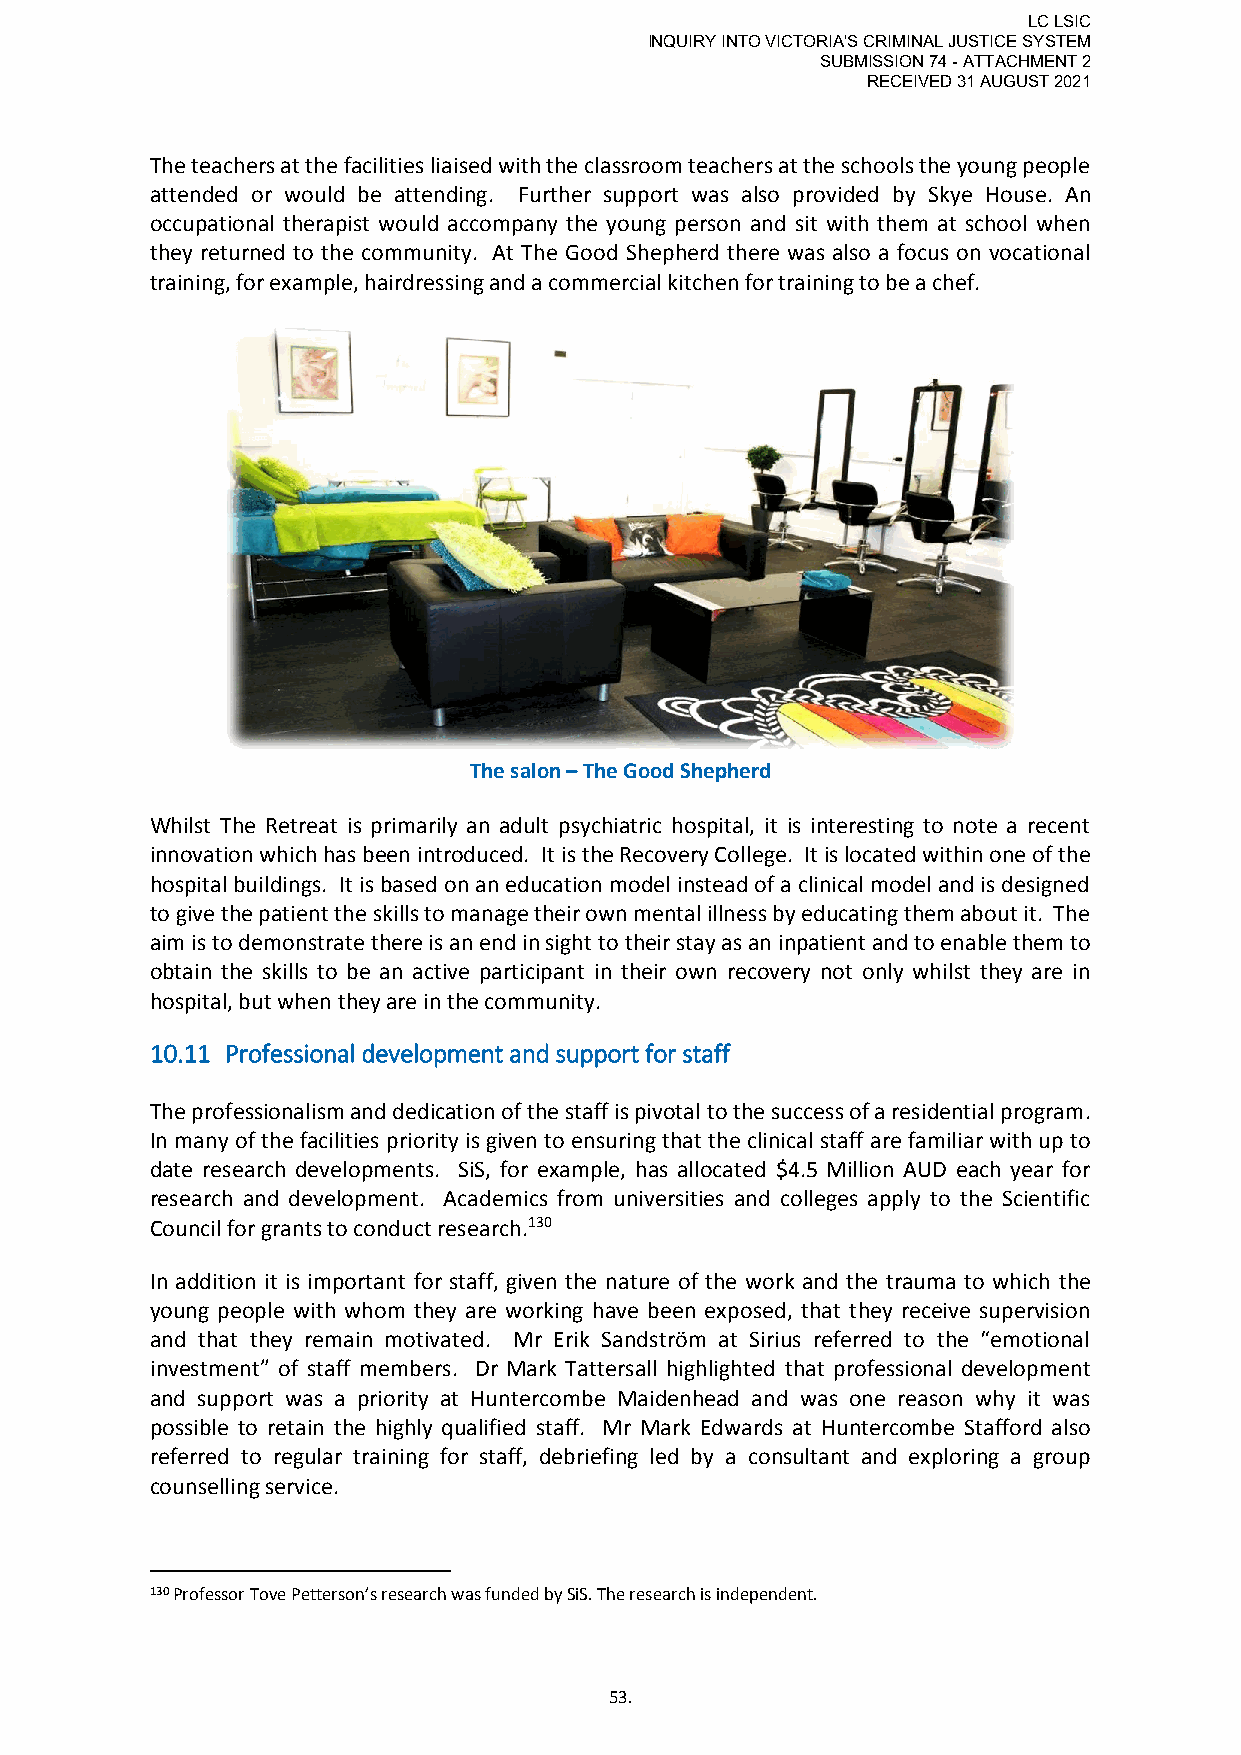
LC LSIC
 INQUIRY INTO VICTORIA'S CRIMINAL JUSTICE SYSTEM
 SUBMISSION 74 - ATTACHMENT 2
 RECEIVED 31 AUGUST 2021
 The teachers at the facilities liaised with the classroom teachers at the schools the young people
 attended or would be attending. Further support was also provided by Skye House. An
 occupational therapist would accompany the young person and sit with them at school when
 they returned to the community. At The Good Shepherd there was also a focus on vocational
 training, for example, hairdressing and a commercial kitchen for training to be a chef.
 The salon – The Good Shepherd
 Whilst The Retreat is primarily an adult psychiatric hospital, it is interesting to note a recent
 innovation which has been introduced. It is the Recovery College. It is located within one of the
 hospital buildings. It is based on an education model instead of a clinical model and is designed
 to give the patient the skills to manage their own mental illness by educating them about it. The
 aim is to demonstrate there is an end in sight to their stay as an inpatient and to enable them to
 obtain the skills to be an active participant in their own recovery not only whilst they are in
 hospital, but when they are in the community.
 10.11 Professional development and support for staff
 The professionalism and dedication of the staff is pivotal to the success of a residential program.
 In many of the facilities priority is given to ensuring that the clinical staff are familiar with up to
 date research developments. SiS, for example, has allocated $4.5 Million AUD each year for
 research and development. Academics from universities and colleges apply to the Scientific
 Council for grants to conduct research.130
 In addition it is important for staff, given the nature of the work and the trauma to which the
 young people with whom they are working have been exposed, that they receive supervision
 and that they remain motivated. Mr Erik Sandström at Sirius referred to the “emotional
 investment” of staff members. Dr Mark Tattersall highlighted that professional development
 and support was a priority at Huntercombe Maidenhead and was one reason why it was
 possible to retain the highly qualified staff. Mr Mark Edwards at Huntercombe Stafford also
 referred to regular training for staff, debriefing led by a consultant and exploring a group
 counselling service.
 130 Professor Tove Petterson’s research was funded by SiS. The research is independent.
 53.